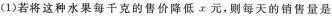
(1)若将这种水果每千克的售价降低x元，则每天的销售量是